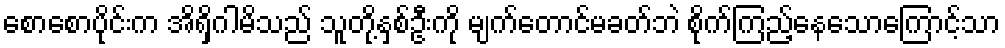
စောစောပိုင်းက အိရှိဂါမိသည် သူတို့နှစ်ဦးကို မျက်တောင်မခတ်ဘဲ စိုက်ကြည့်နေသောကြောင့်သာ